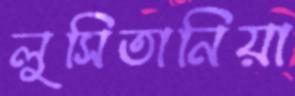
লুসিতানিয়া